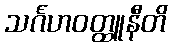
သင်္ဂဟဝတ္ထူနီတိ